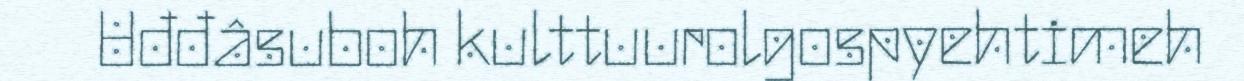
Uđđâsuboh kulttuurolgospyehtimeh